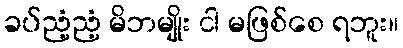
ခပ်ညံ့ညံ့ မိဘမျိုး ငါ မဖြစ်စေ ရဘူး။